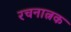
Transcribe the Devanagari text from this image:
रचनात्नक